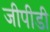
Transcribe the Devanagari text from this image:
जीपीडी